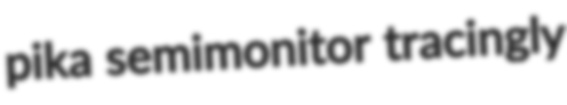
pika semimonitor tracingly